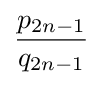
{\frac {p_{2n-1}}{q_{2n-1}}}